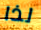
لذا